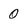
Character: 0